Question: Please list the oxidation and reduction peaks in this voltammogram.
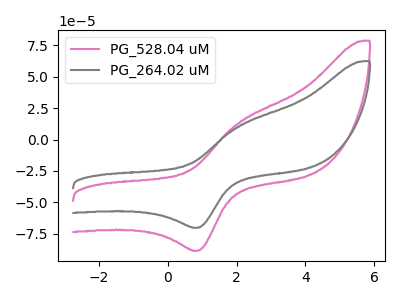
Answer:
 <answer>The pink curve "PG_528.04 uM" has an anodic peak at (2.10V, 13.85uA) and a cathodic peak at (0.90V, -88.50uA). The gray curve "PG_264.02 uM" has an anodic peak at (2.10V, 11.00uA) and a cathodic peak at (0.90V, -70.20uA).</answer>
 <eval></eval>